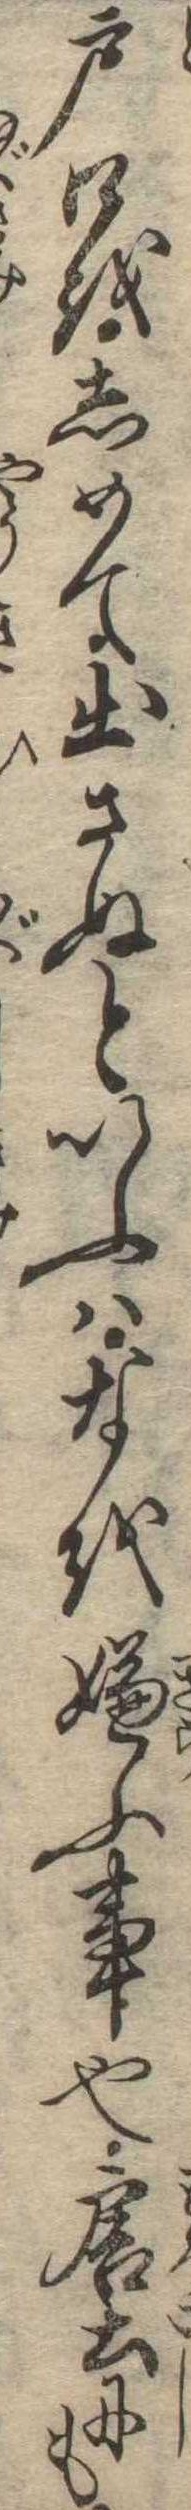
戸口をしめて出さぬといふはなを嫌ふ事也唐土にも